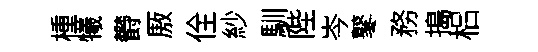
㮔犧欎厫佺紗馴陛岑鼕務搗梠